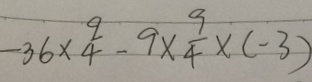
- 3 6 \times \frac { 9 } { 4 } - 9 \times \frac { 9 } { 4 } \times ( - 3 )